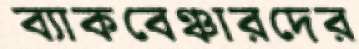
ব্যাকবেঞ্চারদের